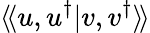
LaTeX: \langle\! \langle u,u^{\dagger}|{v},{v}^{\dagger}\rangle\! \rangle